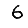
Digit: 6